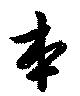
本